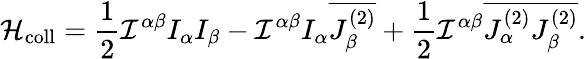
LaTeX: {{\cal H}}_{\mathrm{coll}}=\frac{1}{2}{\cal I}^{\alpha\beta}I_{\alpha}I_{\beta}-{\cal I}^{\alpha\beta}I_{\alpha}\overline{{{J_{\beta}^{(2)}}}}+\frac{1}{2}{\cal I}^{\alpha\beta}\overline{{{J_{\alpha}^{(2)}J_{\beta}^{(2)}}}}.